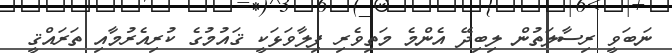
ނަބަވީ ރިސާލަތުން ލިބިދޭ އެންމެ މަތިވެރި ފިލާވަޅަކީ ޤައުމުގެ ކުރިއެރުމާއި ތަރައްޤީ